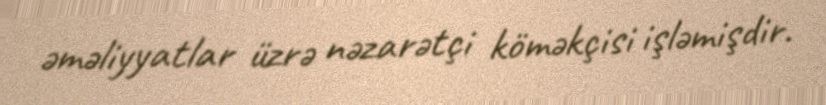
əməliyyatlar üzrə nəzarətçi köməkçisi işləmişdir.